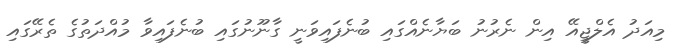
މިއަދު އެލްޖީއޭ އިން ނެރުނު ބަޔާނެއްގައި ބުނެފައިވަނީ ގާނޫނުގައި ބުނެފައިވާ މުއްދަތުގެ ތެރޭގައި